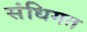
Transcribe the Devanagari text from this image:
संधिगत